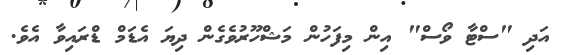
އަދި "ސްޓާ ވޯސް" އިން މިފަހުން މަޝްހޫރުވެގެން ދިޔަ އެޑަމް ޑްރައިވާ އެވެ.